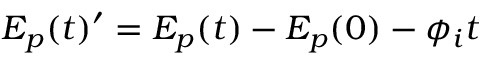
E _ { p } ( t ) ^ { \prime } = E _ { p } ( t ) - E _ { p } ( 0 ) - \phi _ { i } t